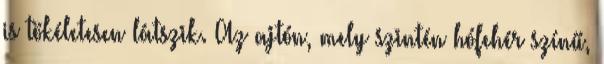
is tökéletesen látszik. Az ajtón, mely szintén hófehér színű,